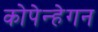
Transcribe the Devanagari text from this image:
कोपेन्हेगन